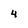
Character: 4